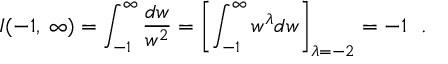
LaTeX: I ( - 1 , \: \infty ) = \int _ { - 1 } ^ { \infty } \frac { d w } { w ^ { 2 } } = \left[ \int _ { - 1 } ^ { \infty } w ^ { \lambda } d w \right] _ { \lambda = - 2 } = - 1 ~ ~ .